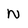
Character: N